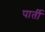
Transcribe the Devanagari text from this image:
पार्ती